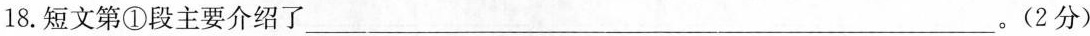
18.短文第①段主要介绍了___。(2分)